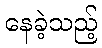
နေခဲ့သည့်